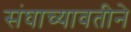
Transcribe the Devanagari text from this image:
संघाच्यावतीने